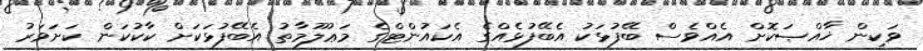
ވަކިން ޚާއްޞަކޮށް އެއްވެސް ބޭފުޅަކު އެބޭފުޅެއްގެ އެކައުންޓްގެ މަޢުލޫމާތު އެބޭފުޅަކަށް ކާކުކަން ކަށަވަރު